Vaccine operations Central Provinces 1900-1911 - 1900-1911
Year: 1900
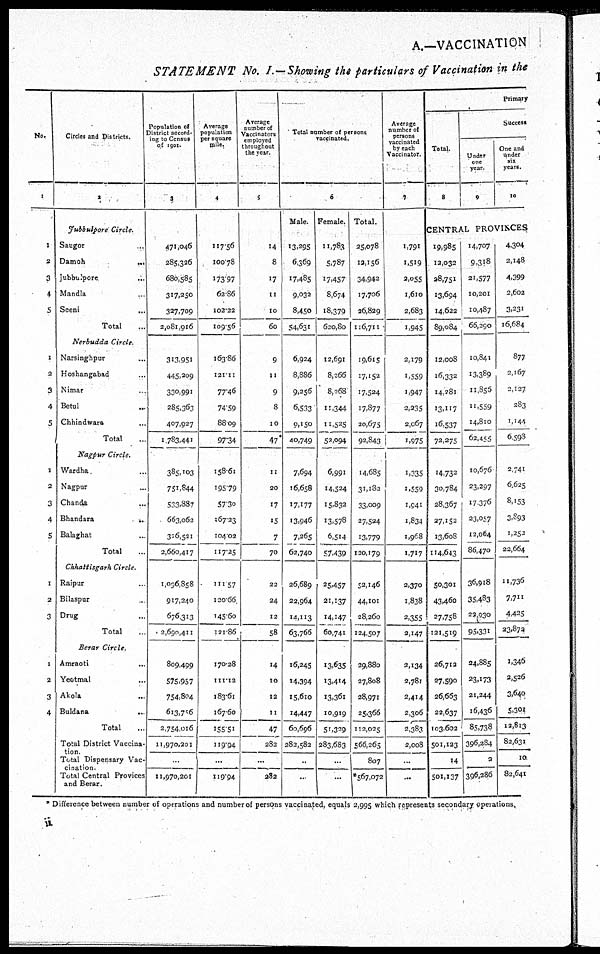
A.—VACCINATION
STATEMENT No. I.—Showing the particulars of Vaccination in the
No.
1
1
2
3
4
5
1
2
3
4
5
1
2
3
4
5
1
2
3
1
2
3
4
Circles and Districts.
2
Jubbulpore
Circle.
Saugor ...
Damoh ...
Jubbulpore ...
Mandla ...
Seeni
...
Total ...
Nerbudda
Circle.
Narsinghpur ...
Hoshangabad ...
Nimar ...
Betul ...
Chhindwara ...
Total ...
Nagpur
Circle.
Wardha ...
Nagpur ...
Chanda ...
Bhandara
..
Balaghat ...
Total ...
Chhattisgarh
Circle.
Raipur ...
Bilaspur ...
Drug ...
Total ...
Berar
Circle.
Amraoti ...
Yeotmal
...
Akola ...
Buldana
...
Total ...
Total District Vaccina¬
tion.
Total Dispensary Vac-
cination
Total Central Provices
and Berar.
Population of
District accord¬
ing to Census
of 1901.
3
471,046
285,326
680,585
317,250
327,709
2,081,916
313,951
445,209
330,991
285,363
407,927
1,783,441
385,103
751,844
533,887
663,062
326,521
2,660,417
1,096,858
917,240
676,313
2,690,411
809,499
575,957
754,804
613,756
2,754,016
11,970,201
...
11,970,201
Average
population
per square
mile.
4
117.56
100.78
173.97
62.86
102.22
109.56
163.86
121.11
77.46
74.59
88.09
97.34
158.61
195.79
57.30
167.23
104.02
117.25
111.57
120.66
145.60
121.86
170.28
111.12
183.61
167.60
155.51
119.94
...
119.94
Average
number of
Vaccinators
employed
throughout
the year.
5
14
8
17
11
10
60
9
11
9
8
10
47
11
20
17
15
7
70
22
24
12
58
14
10
12
11
47
282
...
282
Total number of persons
vaccinated.
6
Male.
13,295
6,369
17,485
9,032
8,450
54,631
6,924
8,886
9,256
6,533
9,150
40,749
7,694
16,658
17,177
13,946
7,265
62,740
26,689
22,964
14,113
63,766
16,245
14,394
15,610
14,447
60,696
282,582
...
...
Female.
11,783
5,787
17,457
8,674
18,379
620,80
12,691
8,266
8,268
11,344
11,525
52,094
6,991
14,524
15,832
13,578
6,514
57,439
25,457
21,137
14,147
60,741
13,635
13,414
13,361
10,919
51,329
283,683
...
...
Total.
25,078
12,156
34,942
17,706
26,829
116,711
19,615
17,152
17,524
17,877
20,675
92,843
14,685
31,182
33,009
27,524
13,779
120,179
52,146
44,101
28,260
124,507
29,880
27,808
28,971
25,366
112,025
566,265
807
*567,072
Average
number of
persons
vaccinated
by each
Vaccinator.
7
1,791
1,519
2,055
1,610
2,683
1,945
2,179
1,559
1,947
2,235
2,067
1,975
1,335
1,559
1,941
1,834
1,968
1,717
2,370
1,838
2,355
2,147
2,134
2,781
2,414
2,306
2,383
2,008
...
...
Primary
Total.
8
Success
Under
one
year.
9
One and
under
six
years.
10
CENTRAL PROVINCES
19,985
12,032
28,751
13,694
14,622
89,084
12,008
16,332
14,281
13,117
16,537
72,275
14,732
30,784
28,367
27,152
13,608
114,643
50,301
43,460
27,758
121,519
26,712
27,590
26,663
22,637
103,602
501,123
14
501,137
14,707
9,318
21,577
10,201
10,487
66,290
10,841
13,389
11,856
11,559
14,810
62,455
10,676
23,297
17,376
23,087
12,064
86,470
36,918
35,483
22,930
95,331
24,885
23,173
21,244
16,436
85,738
396,284
2
396,286
4,304
2,148
4,399
2,602
3,231
16,684
877
2,167
2,127
283
1,144
6,598
2,741
6,625
8,153
3,893
1,252
22,664
11,736
7,711
4,425
23,872
1,346
2,526
3,640
5,301
12,813
82,631
11
82,641
* Difference between number of operations and number of persons vaccinated, equals 2,995 which represents secondary operations.
ii